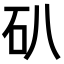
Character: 𥐙